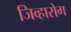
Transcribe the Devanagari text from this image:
जिव्हारोग